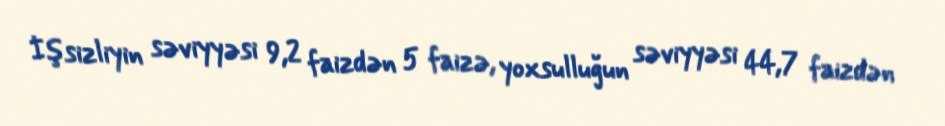
İşsizliyin səviyyəsi 9,2 faizdən 5 faizə, yoxsulluğun səviyyəsi 44,7 faizdən